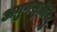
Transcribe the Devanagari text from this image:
अगुणसूत्रीबिंदु